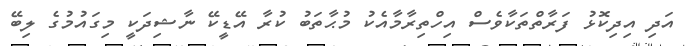
އަދި އިދިކޮޅު ފަރާތްތަކާވެސް އިހްތިރާމާއެކު މުޙާތަބު ކުރާ އޭޑީކޭ ނާޝިދަކީ މިގައުމުގެ ލިބޭ